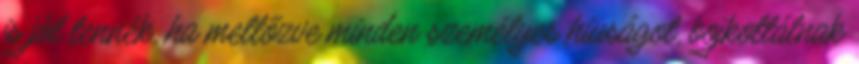
is jól tennék, ha mellőzve minden személyes hiuságot, bojkottálnak